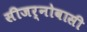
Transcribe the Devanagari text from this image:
सीजर्नोवासी